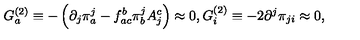
G _ { a } ^ { ( 2 ) } \equiv - \left( \partial _ { j } \pi _ { a } ^ { j } - f _ { a c } ^ { b } \pi _ { b } ^ { j } A _ { j } ^ { c } \right) \approx 0 , G _ { i } ^ { ( 2 ) } \equiv - 2 \partial ^ { j } \pi _ { j i } \approx 0 ,